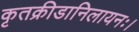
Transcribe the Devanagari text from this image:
कृतक्रीडानिलायनः।